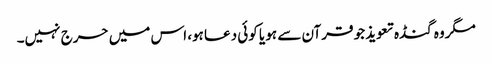
مگروہ گنڈہ تعویذ جو قرآن سے ہو یا کوئی دعا ہو، اس میں حرج نہیں۔